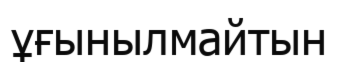
ұғынылмайтын